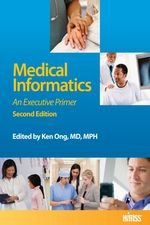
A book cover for Medical Informatics: An Executive Primer; Ken, Ed. Ong; Medical Books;